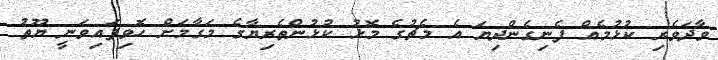
ވާދަވެރި ކުޅުމެއް ފެނިގެންދިޔަ އެ މެޗުގެ މޮޅު ކުޅުންތެރިޔާގެ މަގާމަށް ހޮވިފައިވަނީ ޔޫތު